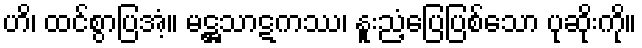
ဟိ၊ ထင်စွာပြအံ့။ မဋ္ဌသာဋကဿ၊ နူးညံ့ပြေပြစ်သော ပုဆိုးကို။